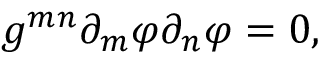
g ^ { m n } \partial _ { m } \varphi \partial _ { n } \varphi = 0 ,